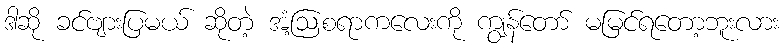
ဒါဆို ခင်ဗျားပြမယ် ဆိုတဲ့ အံ့ဩစရာကလေးကို ကျွန်တော် မမြင်ရတော့ဘူးလား